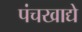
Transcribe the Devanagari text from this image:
पंचखाद्ये